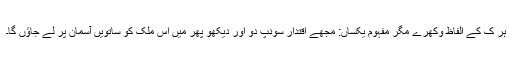
ہر ک کے الفاظ وکھرے مگر مفہوم یکساں: مجھے اقتدار سونپ دو اور دیکھو پھر میں اس ملک کو ساتویں آسمان پر لے جاؤں گا۔